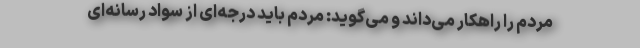
مردم را راهکار می‌داند و می‌گوید: مردم باید درجه‌ای از سواد رسانه‌ای